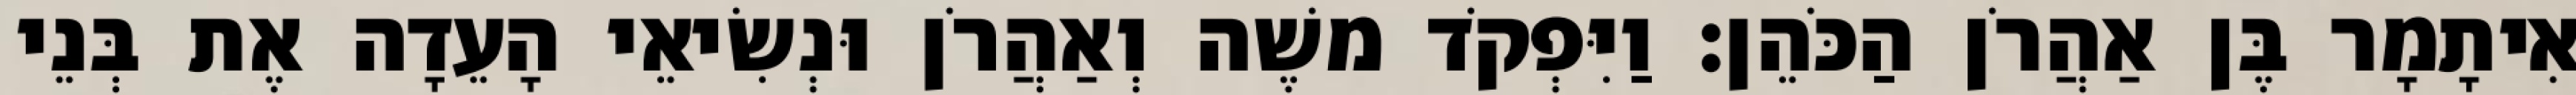
אִיתָמָר בֶּן אַהֲרֹן הַכֹּהֵן׃ וַיִּפְקֹד משֶׁה וְאַהֲרֹן וּנְשִׂיאֵי הָעֵדָה אֶת בְּנֵי